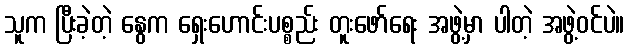
သူက ပြီးခဲ့တဲ့ နွေက ရှေးဟောင်းပစ္စည်း တူးဖော်ရေး အဖွဲ့မှာ ပါတဲ့ အဖွဲ့ဝင်ပဲ။